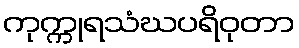
ကုက္ကုရသံဃပရိဝုတာ